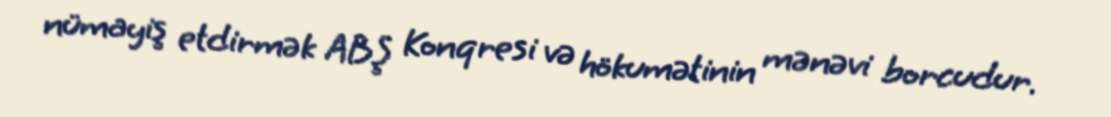
nümayiş etdirmək ABŞ Konqresi və hökumətinin mənəvi borcudur.